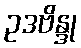
ဥဒဗိန္ဒု